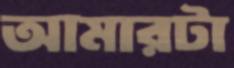
আমারটা